Annual report of the Punjab Veterinary College and of the Civil Veterinary Department, Punjab - 1920-1925
Year: 1920
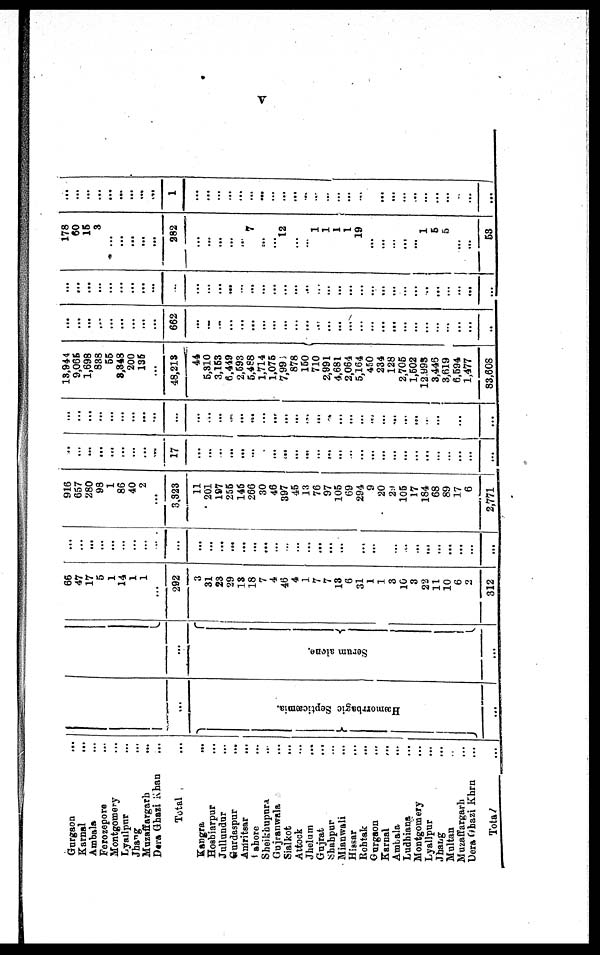
v
Gur gaon
...
Kar nal
...
Ambal a .
.
.
Fer ozepor e ...
Mont gomer y
Lyal l pur ...
Jhang ...
Muzaf f ar gar h .
.
. .
.
.
Der a Ghazi Khan ...
Tot al
Kangr a
...
Hoshi ar pur ...
Jul l undur ...
Gar daspur ...
Amr i t sar
...
Lahor e .
.
.
Shei khupur a ...
Guj r anwal a ...
Si al kot . . .
At t ock ...
Jhel um ...
Guj r at .
.
.
Shahpur ...
Mi anwal i ...
Hi ssar
...
Roht ak ...
Gur gaon ...
Karnal
. . .
Ambal a ...
Ludhi ana ...
Mont gomer y
Lyal l pur
...
Jhang ...
Mul t an ...
Muzaf f ar gar h ...
Dera Ghazi Khan ...
Tot al .
.
.
...
} Hæmo rrb
a
g ic S e
p tic
æmia .
...
...
Se ru
m alone.{
...
66
47 17 5
1
14 1
1
... 292 3
31
23 29
13 18 7
4
46 4 1
7
7
13 6
31 1
1 3
10 3
22
11
10 6
2
312
...
... ...
...
... ...
... ...
...
...
...
... ...
... ...
... ...
...
...
...
... ...
... ...
...
... ...
...
... ...
... ... ...
...
916
657 280 98 1
86
40 2
...
3, 323
11
201 197
255 145 266 30
46
397 45 13
76 97
105 69
294 9
20
29
105 17
184 68
89 17 6
2, 771
...
... ...
... ...
...
...
... ...
17
...
...
... ...
... ...
... ...
... ... ... ...
...
... ...
...
...
... ...
...
...
... ...
...
... ...
...
...
...
... ...
...
...
...
...
... ...
...
... ...
... ...
...
...
...
...
... ... ...
... ...
... ...
... ...
... ...
...
... ...
...
...
13, 944
9, 065
1, 698 838 55
3, 343
200 135
...
48, 213 44
5,310
3, 153
6, 449
2, 593
5, 488
1, 714
1, 075
7,993 878 150
710
2, 991
4, 681
2, 064
5, 164 450
234
128
2, 705
1, 502
12, 993
3, 448
3, 619
6, 594
1, 477
83, 608
...
... ...
...
...
...
...
...
...
662
...
...
...
... ...
... ...
...
...
...
... ...
... ... ...
... ...
... ...
...
... ... ... ...
...
...
...
... ... ...
...
...
...
... ... ...
...
...
... ...
...
... ... ..
... ...
... ... ...
...
...
...
...
... ...
... ... ...
...
...
178
60 15 3
...
...
... ...
... 282
...
...
... ... 7
... 12 ...
... ... 1
1 1 1
19
...
...
... ... 1 5
5
... ...
53
...
... ...
...
... ...
...
...
... 1
...
... ...
... ...
...
...
... ...
... ...
... ... ...
... ...
... ...
...
... ... ...
...
...